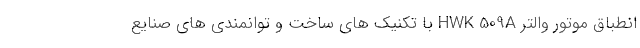
انطباق موتور والتر HWK 509A با تکنیک های ساخت و توانمندی های صنایع